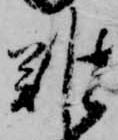
難